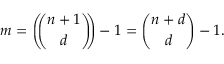
m = \left( \! \! { \binom { n + 1 } { d } } \! \! \right) - 1 = { \binom { n + d } { d } } - 1 .